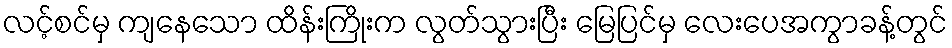
လင့်စင်မှ ကျနေသော ထိန်းကြိုးက လွတ်သွားပြီး မြေပြင်မှ လေးပေအကွာခန့်တွင်